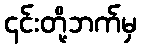
၎င်းတို့ဘက်မှ